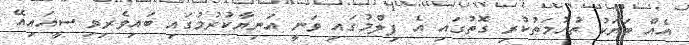
އެއް ބަޔަކު ތުހުމަތުކުރި ގޮތުގައި އެ ފިލްމުގައި ވަނީ އަނިޔާކުރުމުގައި ބައިވެރިވި ސީއައިއޭ